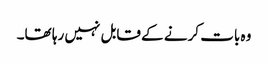
وہ بات کرنے کے قابل نہیں رہا تھا۔